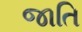
જાતિ